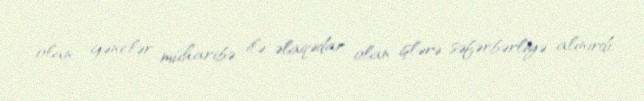
olan gənclər müharibə ilə əlaqədar olan işlərə səfərbərliyə alınırdı.